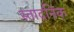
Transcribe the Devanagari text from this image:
स्तादनिक